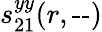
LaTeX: s_{21}^{yy}(r,\textrm{--})